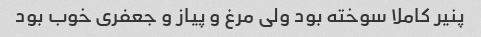
پنیر کاملا سوخته بود ولی مرغ و پیاز و جعفری خوب بود